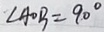
\angle A O B = 9 0 ^ { \circ }